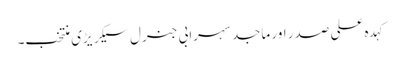
کہد ہ علی صدر اور ماجد سہرابی جنرل سیکر یڑی منتخب۔